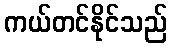
ကယ်တင်နိုင်သည်